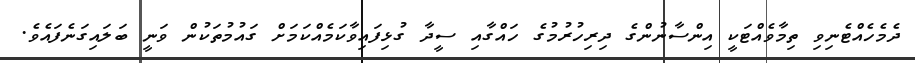
ދެމެހެއްޓެނިވި ތިމާވެއްޓަކީ އިންސާނުންގެ ދިރިހުރުމުގެ ހައްގާއި ސީދާ ގުޅިފައިވާކަމެއްކަމަށް ގައުމުތަކުން ވަނީ ބަލައިގަނެފައެވެ.